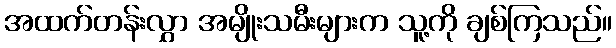
အထက်တန်းလွှာ အမျိုးသမီးများက သူ့ကို ချစ်ကြသည်။